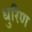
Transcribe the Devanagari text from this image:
धुरिण